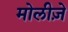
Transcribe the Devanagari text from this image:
मोलीज़े